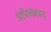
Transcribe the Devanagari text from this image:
अभिलंबवत्